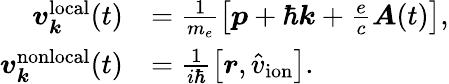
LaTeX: \begin{array}{rl}{\boldsymbol v_{\boldsymbol k}^{\mathrm{local}}(t)}&{=\frac{1}{m_{e}}\left[\boldsymbol p+\hbar\boldsymbol k+\frac{e}{c}\boldsymbol A(t)\right],}\\ {\boldsymbol v_{\boldsymbol k}^{\mathrm{nonlocal}}(t)}&{=\frac{1}{i\hbar}\left[\boldsymbol r,\hat{v}_{\mathrm{ion}}\right].}\end{array}